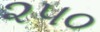
૨૫૦